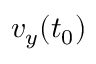
v _ { y } ( t _ { 0 } )